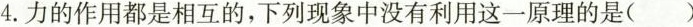
4.力的作用都是相互的，下列现象中没有利用这一原理的是()